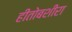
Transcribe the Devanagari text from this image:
हीतोबशीरा